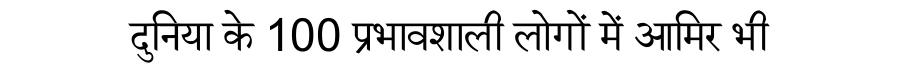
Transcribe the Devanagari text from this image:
दुनिया के 100 प्रभावशाली लोगों में आमिर भी